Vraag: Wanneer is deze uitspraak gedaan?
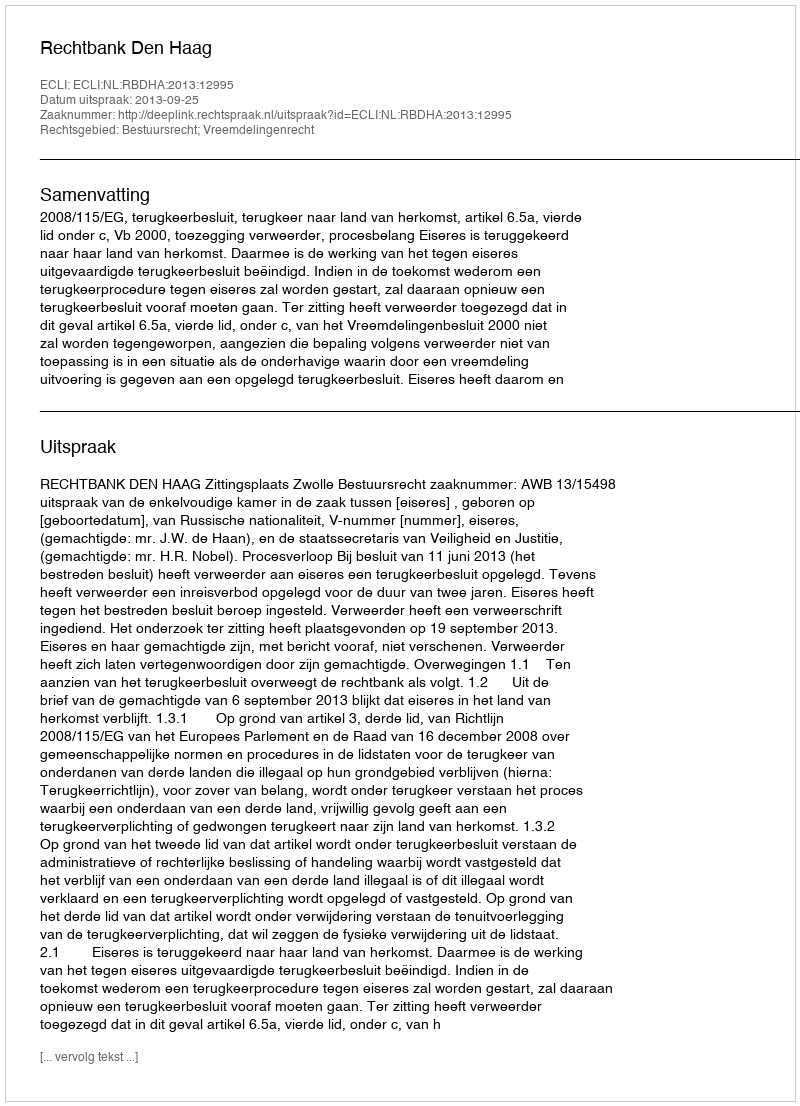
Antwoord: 2013-09-25